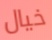
خيال